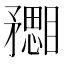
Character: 𥎙